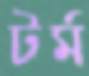
টর্ম